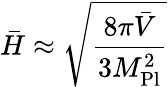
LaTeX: \bar{H}\approx\sqrt{\frac{8\pi\bar{V}}{3M_{\mathrm{Pl}}^{2}}}